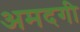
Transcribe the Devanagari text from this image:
अमदगी